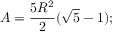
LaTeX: A = { \frac { 5 R ^ { 2 } } { 2 } } ( { \sqrt { 5 } } - 1 ) ;